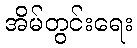
အိမ်တွင်းရေး